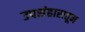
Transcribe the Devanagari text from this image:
उपसंहारातून